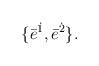
LaTeX: \begin{align*}\{\bar{e}^{\dot{1}}, \bar{e}^{\dot{2}}\}.\end{align*}